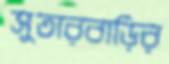
সুতারবাড়ির